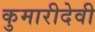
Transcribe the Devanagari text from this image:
कुमारीदेवी